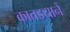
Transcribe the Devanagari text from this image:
कातडयानें